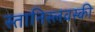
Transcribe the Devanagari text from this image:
स्तानिस्लवस्की